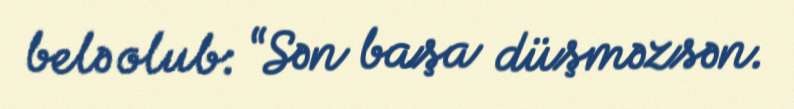
belə olub: “Sən başa düşməzsən.